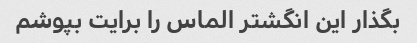
بگذار این انگشتر الماس را برایت بپوشم